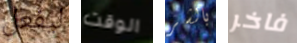
ليفعل الوقت بالشر فاخر